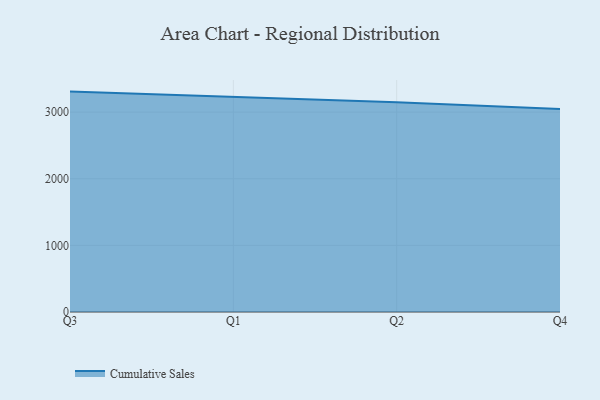
{"axis": {"x": "Quarter", "y": "Inventory Turnover"}, "legend": ["Cumulative Sales"], "data": [{"x": "Q3", "y": 3308.1, "type": "Cumulative Sales"}, {"x": "Q1", "y": 3232.8, "type": "Cumulative Sales"}, {"x": "Q2", "y": 3149.5, "type": "Cumulative Sales"}, {"x": "Q4", "y": 3048.7, "type": "Cumulative Sales"}]}